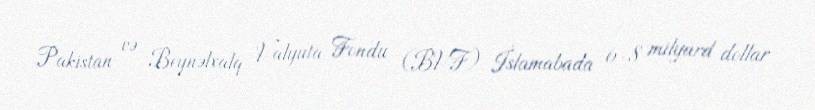
Pakistan və Beynəlxalq Valyuta Fondu (BVF) İslamabada 6-8 milyard dollar